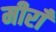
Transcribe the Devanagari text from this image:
मीराँ